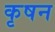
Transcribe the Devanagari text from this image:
कृषन